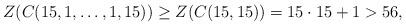
LaTeX: \begin{align*} Z(C(15,1,\ldots,1,15))\geq Z(C(15,15))=15\cdot 15+1>56, \end{align*}